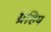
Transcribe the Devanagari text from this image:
ग्रहिय